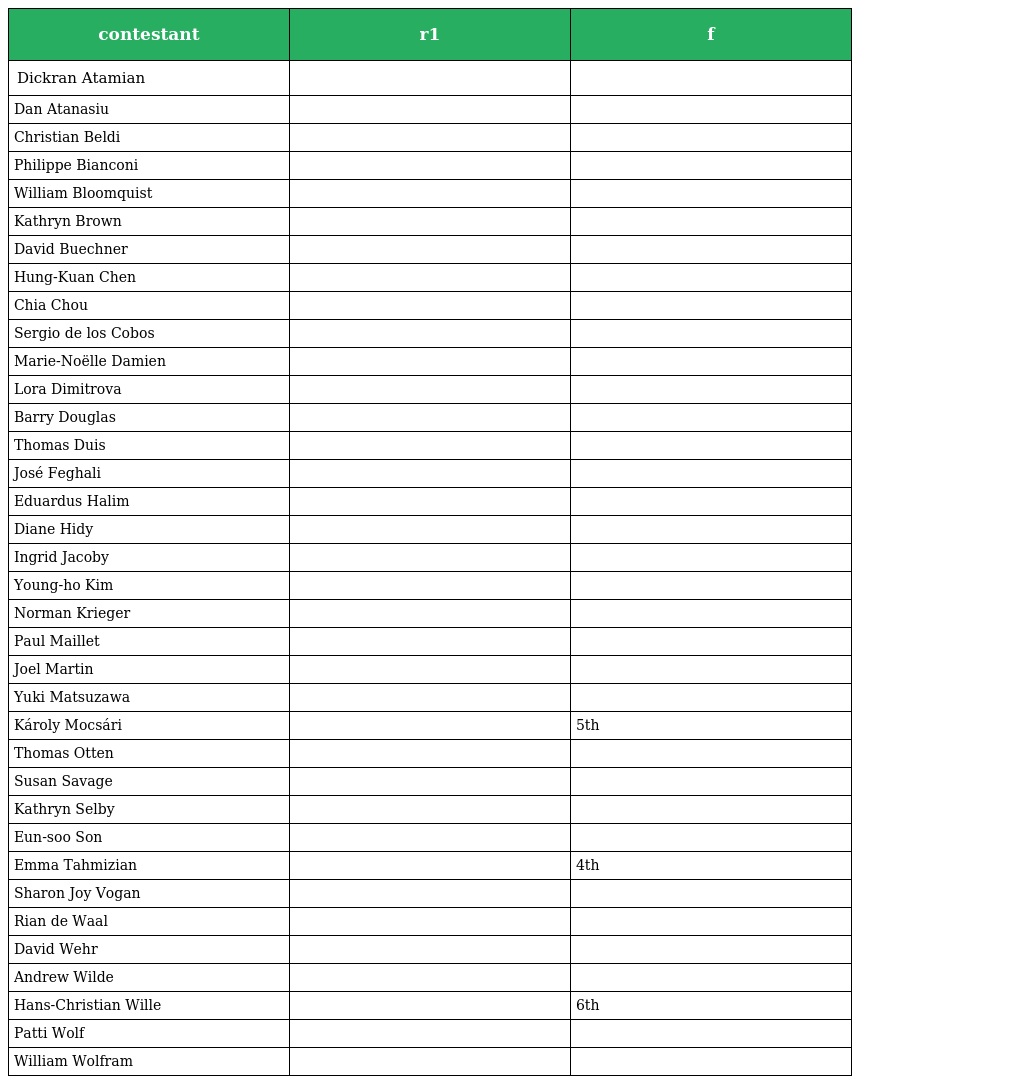
| contestant | r1 | f |
 | --- | --- | --- |
 | Dickran Atamian |  |  |
 | Dan Atanasiu |  |  |
 | Christian Beldi |  |  |
 | Philippe Bianconi |  |  |
 | William Bloomquist |  |  |
 | Kathryn Brown |  |  |
 | David Buechner |  |  |
 | Hung-Kuan Chen |  |  |
 | Chia Chou |  |  |
 | Sergio de los Cobos |  |  |
 | Marie-Noëlle Damien |  |  |
 | Lora Dimitrova |  |  |
 | Barry Douglas |  |  |
 | Thomas Duis |  |  |
 | José Feghali |  |  |
 | Eduardus Halim |  |  |
 | Diane Hidy |  |  |
 | Ingrid Jacoby |  |  |
 | Young-ho Kim |  |  |
 | Norman Krieger |  |  |
 | Paul Maillet |  |  |
 | Joel Martin |  |  |
 | Yuki Matsuzawa |  |  |
 | Károly Mocsári |  | 5th |
 | Thomas Otten |  |  |
 | Susan Savage |  |  |
 | Kathryn Selby |  |  |
 | Eun-soo Son |  |  |
 | Emma Tahmizian |  | 4th |
 | Sharon Joy Vogan |  |  |
 | Rian de Waal |  |  |
 | David Wehr |  |  |
 | Andrew Wilde |  |  |
 | Hans-Christian Wille |  | 6th |
 | Patti Wolf |  |  |
 | William Wolfram |  |  |